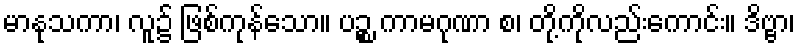
မာနုသကာ၊ လူ၌ ဖြစ်ကုန်သော။ ပဉ္စ ကာမဂုဏာ စ၊ တို့ကိုလည်းကောင်း။ ဒိဗ္ဗာ၊